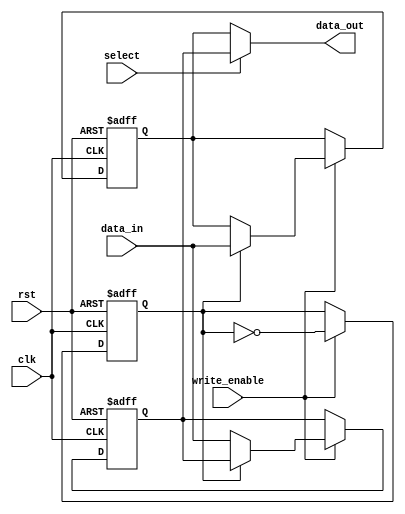
module double_buffer_register (
    input wire clk,                // Clock input
    input wire rst,                // Asynchronous reset
    input wire write_enable,       // Write enable signal
    input wire [31:0] data_in,     // Input data bus (32-bit)
    input wire select,             // Control signal to select buffer
    output reg [31:0] data_out     // Output data bus (32-bit)
);

    // Buffer registers
    reg [31:0] buffer0;            // First buffer
    reg [31:0] buffer1;            // Second buffer

    // Control signal to toggle between buffers
    reg current_buffer;            // 0 for buffer0, 1 for buffer1

    // Asynchronous reset and data loading
    always @(posedge clk or posedge rst) begin
        if (rst) begin
            // Reset both buffers to zero
            buffer0 <= 32'b0;
            buffer1 <= 32'b0;
            current_buffer <= 1'b0; // Start with buffer0
        end else begin
            if (write_enable) begin
                // Write data to the inactive buffer
                if (current_buffer == 1'b0) begin
                    buffer1 <= data_in; // Write to buffer1
                end else begin
                    buffer0 <= data_in; // Write to buffer0
                end
                // Toggle the current buffer
                current_buffer <= ~current_buffer;
            end
        end
    end

    // Output data selection
    always @(*) begin
        if (select) begin
            data_out = buffer1; // Output buffer1 if selected
        end else begin
            data_out = buffer0; // Output buffer0 if selected
        end
    end

endmodule